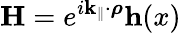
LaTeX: \mathbf{H}=e^{i\mathbf{k_{\parallel}}\cdot\boldsymbol{\rho}}\mathbf{h}(x)